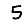
Digit: 5